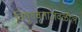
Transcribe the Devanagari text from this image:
विषुववृताजवळील